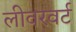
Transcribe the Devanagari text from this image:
लीवरवर्ट